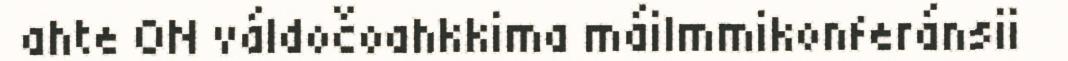
ahte ON váldočoahkkima máilmmikonferánsii